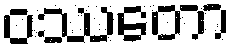
ဝဿတော